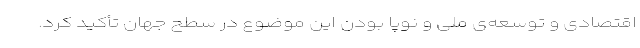
اقتصادی و توسعه‌ی ملی و نوپا بودن این موضوع در سطح جهان تأکید کرد.